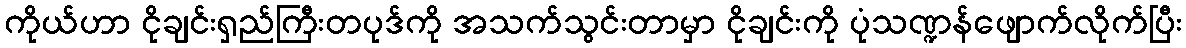
ကိုယ်ဟာ ငိုချင်းရှည်ကြီးတပုဒ်ကို အသက်သွင်းတာမှာ ငိုချင်းကို ပုံသဏ္ဍန်ဖျောက်လိုက်ပြီး